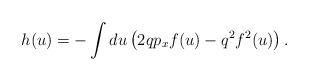
LaTeX: \begin{align*}h(u)=-\int du \left(2qp_xf(u) - q^2 f^2(u)\right).\end{align*}